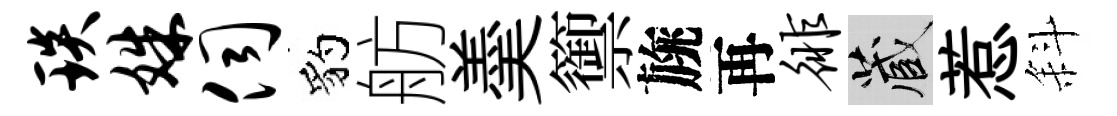
琰姝伺豹舫羮籞旐再徘藏惹斜